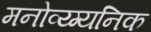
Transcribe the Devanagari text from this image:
मनोव्य्ग्यनिक